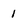
Character: 1